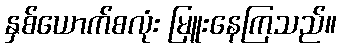
နှစ်ယောက်စလုံး မြူးနေကြသည်။